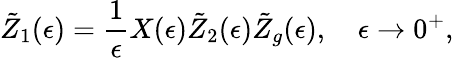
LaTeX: \tilde{Z}_{1}(\epsilon)={\frac{1}{\epsilon}}X(\epsilon)\tilde{Z}_{2}(\epsilon)\tilde{Z}_{g}(\epsilon),\quad\epsilon\rightarrow 0^{+},